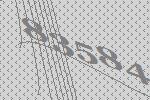
83584